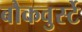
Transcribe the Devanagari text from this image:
बौकवुर्स्टे